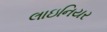
લાઇનિયર